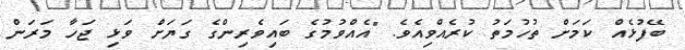
ބޭފުޅެއް ކަމަށް ތުހުމަތު ކުރެއްވިއެވެ. "އެއްވުމުގެ ބައިވެރިންގެ ގަޔަށް ވަޅިި ޖަހާ މަރަން